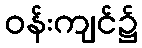
ဝန်းကျင်၌